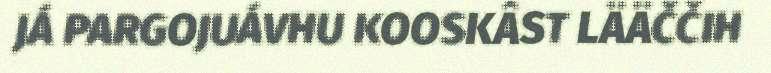
JÁ PARGOJUÁVHU KOOSKÂST LÄÄČČIH